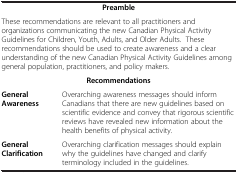
|  |  |
 | --- | --- |
 | <COLSPAN=2> Preamble |
 | <COLSPAN=2> These recommendations are relevant to all practitioners and organizations communicating the new Canadian Physical Activity Guidelines for Children, Youth, Adults, and Older Adults. These recommendations should be used to create awareness and a clear understanding of the new Canadian Physical Activity Guidelines among general population, practitioners, and policy makers. |
 | <COLSPAN=2> Recommendations |
 | General Awareness | Overarching awareness messages should inform Canadians that there are new guidelines based on scientific evidence and convey that rigorous scientific reviews have revealed new information about the health benefits of physical activity. |
 | General Clarification | Overarching clarification messages should explain why the guidelines have changed and clarify terminology included in the guidelines. |